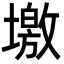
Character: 墽